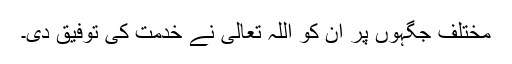
مختلف جگہوں پر ان کو اللہ تعالیٰ نے خدمت کی توفیق دی۔